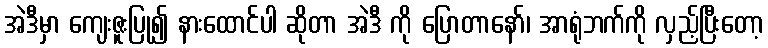
အဲဒီမှာ ကျေးဇူးပြု၍ နားထောင်ပါ ဆိုတာ အဲဒီ ကို ပြောတာနော်၊ အာရုံဘက်ကို လှည့်ပြီးတော့